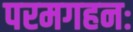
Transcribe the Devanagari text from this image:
परमगहनः